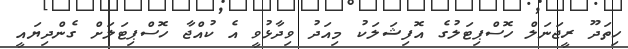
ހިތަދޫ ރީޖަނަލް ހޮސްޕިޓަލުގެ އޮފިޝަލަކު މިއަދު ވިދާޅުވީ އެ ކުއްޖާ ހޮސްޕިޓަލަށް ގެންދިޔައީ